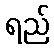
ရည်